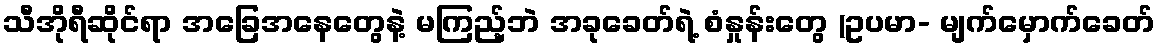
သီအိုရီဆိုင်ရာ အခြေအနေတွေနဲ့ မကြည့်ဘဲ အခုခေတ်ရဲ့ စံနှုန်းတွေ (ဥပမာ- မျက်မှောက်ခေတ်